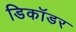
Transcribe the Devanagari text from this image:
डिकॉडर